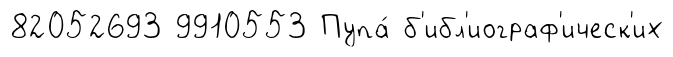
82052693 9910553 Пупа́ б'ибл'иограф'ическ'их